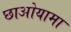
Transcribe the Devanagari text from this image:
छाओयामा